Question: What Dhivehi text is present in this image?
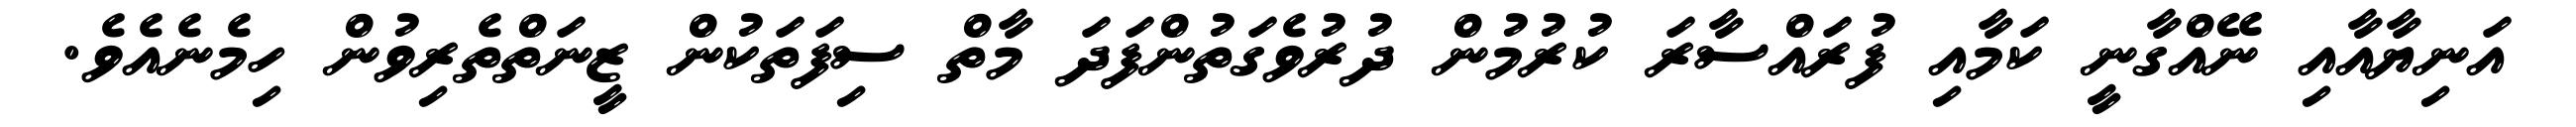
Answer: އަނިޔާއާއި ނޭއްގާނީ ކަމާއި ފުރައްސާރަ ކުރުމުން ދުރުވެގަތުންފަދަ މާތް ސިފަތަކުން ޒީނަތްތެރިވުން ހިމެނެއެވެ.